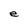
Character: e